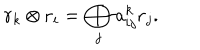
{ \bf r } _ { k } \otimes { \bf r } _ { i } = \bigoplus _ { j } a _ { i j } ^ { k } { \bf r } _ { j } .